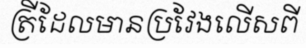
ត្រីដែលមានប្រវែងលើសពី